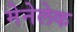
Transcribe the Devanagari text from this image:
मेनेलेक